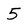
Character: 5